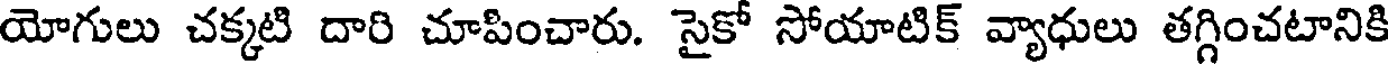
యోగులు చక్కటి దారి చూపించారు. సైకో సోయాటిక్ వ్యాధులు తగ్గించటానికి